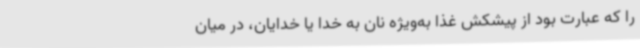
را که عبارت بود از پیشکش غذا به‌ویژه نان به خدا یا خدایان، در میان